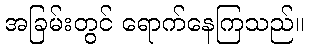
အခြမ်းတွင် ရောက်နေကြသည်။